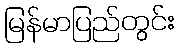
မြန်မာပြည်တွင်း